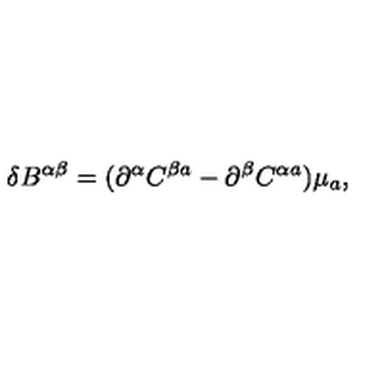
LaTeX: \delta B ^ { \alpha \beta } = ( \partial ^ { \alpha } C ^ { \beta a } - \partial ^ { \beta } C ^ { \alpha a } ) \mu _ { a } ,